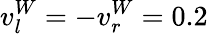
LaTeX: v_{l}^{W}=-v_{r}^{W}=0.2